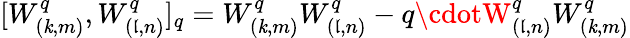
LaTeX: [W_{(\mathit{k},m)}^{q},W_{(\mathfrak{l},n)}^{q}]_{q}=W_{(\mathit{k},m)}^{q}W_{(\mathfrak{l},n)}^{q}-q\cdotW_{(\mathfrak{l},n)}^{q}W_{(\mathit{k},m)}^{q}